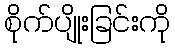
စိုက်ပျိုးခြင်းကို